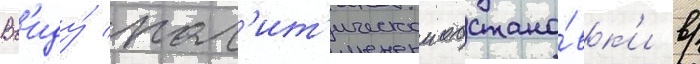
Вв'иду́ пол'ит'ическои обстано́вк'и в